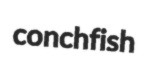
conchfish